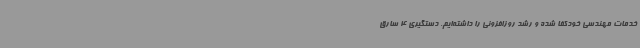
خدمات مهندسی خودکفا شده و رشد روزافزونی را داشته‌ایم. دستگیری 4 سارق